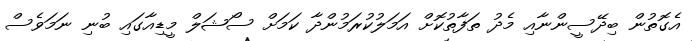
އެގޮތުން ބިދޭސީންނާއި މެދު ތަފާތުކޮށް އަމަލުކުރަމުންދާ ކަމަށް ސޯޝަލް މީޑިއާގައި ބުނި ނަމަވެސް